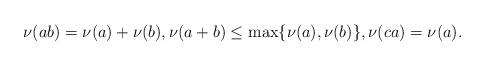
LaTeX: \begin{align*}\nu(ab)=\nu(a)+\nu(b), \nu(a+b)\le \max\{\nu(a),\nu(b)\},\nu(ca)=\nu(a).\end{align*}